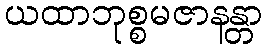
ယထာဘုစ္စမဇာနန္တာ